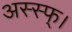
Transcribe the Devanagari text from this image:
अस्स्फ्।